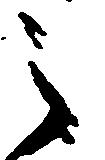
之